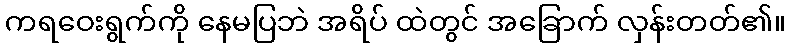
ကရဝေးရွက်ကို နေမပြဘဲ အရိပ် ထဲတွင် အခြောက် လှန်းတတ်၏။